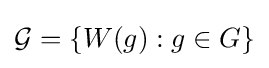
{\mathcal {G}}=\{W(g):g\in G\}